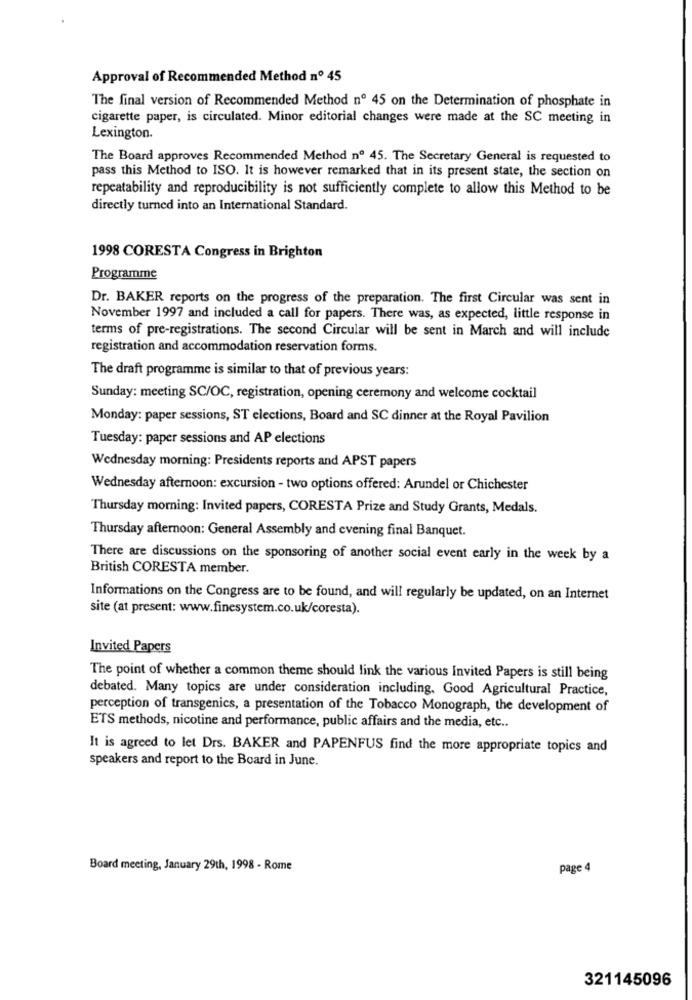
Approval of Recommended Method nº 45
The final version of Recommended Method nº 45 on the Determination of phosphate in
cigarette paper, is circulated. Minor editorial changes were made at the SC meeting in
Lexington.
The Board approves Recommended Method nº 45. The Secretary General is requested to
pass this Method to ISO. It is however remarked that in its present state, the section on
repeatability and reproducibility is not sufficiently complete to allow this Method to be
directly turned into an International Standard.
1998 CORESTA Congress in Brighton
Programme
Dr. BAKER reports on the progress of the preparation. The first Circular was sent in
November 1997 and included a call for papers. There was, as expected, little response in
terms of pre-registrations. The second Circular will be sent in March and will include
registration and accommodation reservation forms.
The draft programme is similar to that of previous years:
Sunday: meeting SC/OC, registration, opening ceremony and welcome cocktail
Monday: paper sessions, ST elections, Board and SC dinner at the Royal Pavilion
Tuesday: paper sessions and AP elections
Wednesday morning: Presidents reports and APST papers
Wednesday afternoon: excursion - two options offered: Arundel or Chichester
Thursday morning: Invited papers, CORESTA Prize and Study Grants, Medals.
Thursday afternoon: General Assembly and evening final Banquet.
There are discussions on the sponsoring of another social event early in the week by a
British CORESTA member.
Informations on the Congress are to be found, and will regularly be updated, on an Internet
site (at present: www.finesystem.co.uk/coresta).
Invited Papers
The point of whether a common theme should link the various Invited Papers is still being
debated. Many topics are under consideration including, Good Agricultural Practice,
perception of transgenics, a presentation of the Tobacco Monograph, the development of
ETS methods, nicotine and performance, public affairs and the media, etc ..
It is agreed to let Drs. BAKER and PAPENFUS find the more appropriate topics and
speakers and report to the Board in June.
Board meeting, January 29th, 1998 - Rome
page 4
321145096